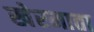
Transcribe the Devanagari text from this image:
खेरमाता